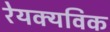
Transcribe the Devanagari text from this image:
रेयक्यविक